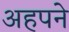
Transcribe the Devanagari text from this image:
अहपने